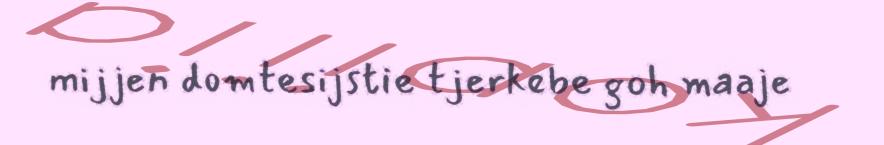
mijjen domtesijstie tjerkebe goh maaje